Report on sanitation, dispensaries, and jails in Rajputana for 1921, and on vaccination for the year 1921-1922 - 1921-1922
Year: 1921
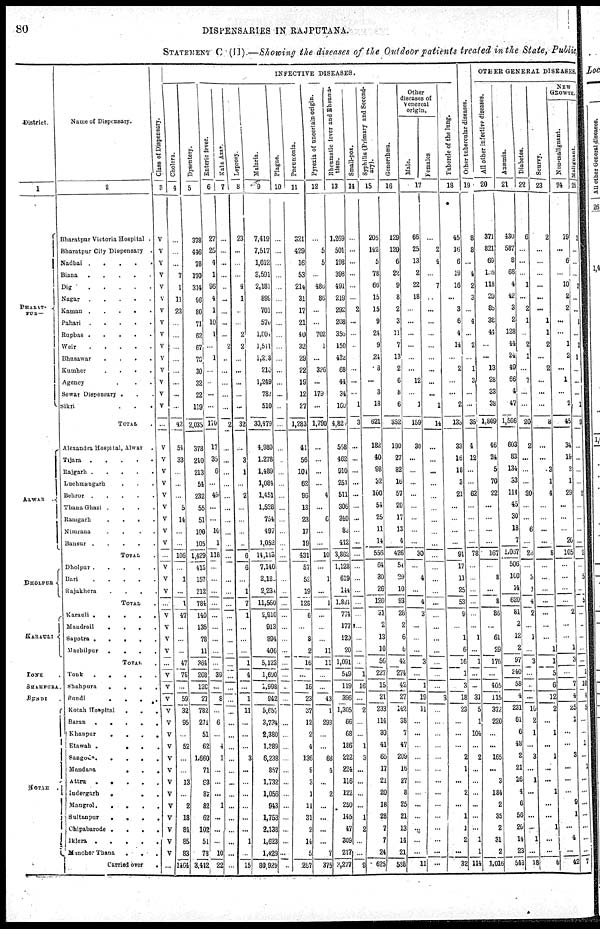
80
DISPENSARIES IN RAJPUTANA.
STATEMENT C (II).—Showing the diseases of the Outdoor patients treated in the State, Public,
District.
1
BHARAT¬
PUR
ALWAR .
DHOLPUR
KARAULI
TONK .
SHAHPURA.
BUNDI
.
Name of Dispensary.
2
Bharatpur Victoria Hospital .
Bharatpur City Dispensary .
Nadbai
.
.
.
.
Biana
.
.
.
.
.
Dig
. . . . .
Nagar .
.
.
.
.
Raman
.
. . . .
Pahari .
.
.
.
.
Rupbas .
.
.
.
.
Weir
.
.
.
.
.
Bhusawar
.
.
.
.
Kumher
.
.
.
.
Agency . . .
Sewar Dispensary . . .
Sikri
.
.
.
TOTAL .
Alexandra Hospital, Alwar .
Tijara .
.
.
.
.
Rajgarh . . . . .
Luchmangarh . . .
Behror .
.
.
.
.
Thana Ghazi .
.
.
.
Ramgarh
.
.
.
.
Nimrana
.
.
.
.
Bansur . .
.
.
.
TOTAL .
Dholpur .
.
.
.
.
Bari
.
.
.
.
.
Rajakhera
. . . .
TOTAL .
Karauli .
.
.
.
.
Mandrail
.
.
.
.
Sapotra .
.
.
.
.
Machilpur .
.
.
.
TOTAL .
Tonk
.
.
.
.
.
Shahpura
.
.
.
.
Bundi
.
.
.
.
Kotah Hospital
.
.
.
Baran .
.
.
.
.
Khanpur
.
.
.
.
Etawah .
.
.
.
Sangod .
.
.
.
.
Mandana
.
.
.
Attru .
.
.
.
.
Indergarh
.
.
.
Mangrol.
.
.
.
.
Sultanpur
.
.
.
.
Chipabarode .
.
.
.
Iklera . . . . .
Manoher Thana
.
.
.
Carried over
.
Class of Dispensary.
3
V
V
V
V
V
V
V
V
V
V
V
V
V
V
V
...
V
V
V
V
V
V
V
V
V
...
V
V
V
...
V
V
V
V
...
V
V
V
V
V
V
V
V
V
V
V
V
V
V
V
V
...
INFECTIVE DISEASES.
Cholera.
4
...
...
...
7
1
11
23
...
...
...
...
...
...
...
...
42
54
33
...
...
...
5
14
...
...
106
...
1
...
1
47
...
...
...
47
75
...
59
32
95
...
52
...
...
13
...
2
18
84
85
83
1464
Dysentery.
5
378
446
78
170
314
96
80
71
62
67
70
30
32
22
119
2,035
378
240
213
54
232
55
51
100
105
1,429
415
157
212
784
140
135
78
11
364
208
120
27
782
271
51
62
1,660
71
83
87
82
62
102
51
78
3,442
Enteric fever.
6
27
25
4
1
96
4
1
10
1
...
1
...
...
...
...
170
17
35
6
...
49
...
...
10
1
118
...
...
...
...
...
...
...
...
...
39
...
8
...
6
...
4
1
...
...
...
1
...
...
...
10
22
Kala Azar.
7
...
...
...
...
...
...
...
...
...
2
...
...
...
...
...
2
...
...
...
...
...
...
...
...
...
...
...
...
...
...
...
...
...
...
...
...
...
...
...
...
...
...
...
...
...
...
...
...
...
...
...
...
Leprosy.
8
23
...
...
...
4
1
...
...
2
2
...
...
...
...
...
32
...
3
1
...
2
...
...
...
...
6
6
...
1
7
1
...
...
...
1
4
...
1
11
...
...
...
3
...
...
...
...
...
...
1
...
15
Malaria.
9
7,419
7,517
1,012
3,591
2,181
899
701
570
1,004
1,511
1,218
210
1,249
787
510
30,479
4,980
1,278
1,489
1,084
1,451
1,528
754
497
1,052
14,113
7,140
2,180
2,231
11,560
2,910
913
894
406
5,123
1,690
1,998
942
5,657
3,734
2,380
1,389
6,238
857
1,732
1,056
943
1,753
2,138
1,623
1,429
80,929
Plague.
10
...
...
...
...
...
...
...
...
...
...
...
...
...
...
...
...
...
...
...
...
...
...
...
...
...
...
...
...
...
...
...
...
...
...
...
...
...
...
...
...
...
...
...
...
...
...
...
...
...
...
...
...
Pneumonia.
11
321
429
16
53
214
31
17
21
40
32
29
22
19
12
27
1,283
41
56
104
62
96
13
23
17
19
431
57
52
19
128
6
...
8
2
16
...
16
23
37
12
2
4
136
9
3
1
11
31
2
14
5
267
Pyrexia of uncertain origin.
12
...
5
5
...
486
86
...
...
702
1
...
326
...
179
...
1,790
...
...
...
...
4
...
6
...
...
10
...
1
...
1
...
...
...
11
11
...
...
43
1
293
...
...
68
4
...
2
...
...
...
...
7
375
Rheumatic fever and Rheuma¬
tism.
13
1,269
501
198
398
491
219
292
208
3506
150
432
68
44
34
160
4,820
558
462
910
251
511
306
340
82
442
3,862
1,128
619
144
1,891
774
177
129
20
1,091
549
119
396
1,305
66
68
186
222
224
116
122
250
145
47
309
217
3,277
Small-pox.
14
...
...
...
...
...
...
2
...
...
...
...
...
...
...
1
3
...
...
...
...
...
...
...
...
...
...
...
...
...
...
...
...
...
...
...
1
16
...
2
...
...
1
3
...
...
...
...
1
2
...
...
9
Syphilis (Primary and Second-
ary).
15
205
142
5
78
66
15
15
9
24
9
24
8
...
3
18
621
182
40
98
32
100
54
25
11
14
556
64
30
26
120
31
2
13
10
56
227
15
21
233
114
30
41
65
17
21
20
18
28
7
7
24
625
Gonorrhœa.
16
129
120
6
22
9
8
2
3
11
7
13
2
6
8
6
352
190
27
82
16
57
20
17
13
4
426
54
29
10
93
28
2
6
5
42
274
42
27
142
38
7
47
209
16
27
8
25
21
13
14
21
588
Other
diseases of
Venereal
origin.
Male.
Females
17
66
25
13
2
22
18
...
...
...
...
...
...
12
...
1
159
30
...
...
...
...
...
...
...
...
30
...
4
...
4
3
...
...
...
3
...
1
19
11
...
...
...
...
...
...
...
...
...
...
...
...
11
...
2
4
...
7
...
...
...
...
...
...
...
...
...
1
14
...
...
...
...
...
...
...
...
...
...
...
...
...
...
...
...
...
...
...
...
...
3
...
...
...
...
...
...
...
...
...
...
...
...
...
...
Tubercle of the lung.
18
45
16
6
19
16
...
3
6
4
14
...
2
...
...
2
133
33
16
18
3
21
...
...
...
...
91
17
11
25
53
9
...
1
6
16
1
3
18
23
...
...
...
2
1
...
2
...
1
1
2
...
32
Other tubercular diseases.
19
8
8
...
4
2
3
...
4
...
2
...
1
3
...
...
35
4
12
...
...
62
...
...
...
...
78
...
...
...
...
...
...
1
...
1
...
...
31
5
1
104
...
2
...
...
...
...
...
...
1
1
114
OTHER GENERAL DISEASES.
All
other infective
diseases.
20
371
821
69
116
118
20
85
38
44
...
...
13
28
33
38
1,809
46
24
5
70
22
...
...
...
...
167
...
8
...
8
86
...
61
29
176
...
405
115
372
220
...
...
165
...
3
184
2
35
2
31
2
1,016
Anæmia.
21
430
587
8
68
4
42
3
2
128
44
24
49
66
4
47
1,506
603
83
134
53
114
45
30
18
7
1,067
506
100
14
620
81
2
12
2
97
240
58
4
231
61
6
48
2
21
26
4
6
56
26
14
23
548
Diabetes.
22
6
...
...
...
1
...
2
1
...
2
1
...
7
...
...
20
2
...
...
...
20
...
...
6
...
20
...
3
1
4
2
...
1
...
3
...
...
...
10
2
1
...
3
...
1
...
...
...
...
1
...
18
Scurvy.
23
2
...
...
...
...
...
...
1
1
2
...
2
...
...
...
3
...
...
3
1
4
...
...
...
...
8
...
...
...
...
...
...
...
1
1
5
6
12
2
...
1
...
1
...
...
1
...
...
1
...
...
6
NEW
GROWTH.
Non-malignant.
24
19
...
6
...
10
2
2
...
...
1
2
...
1
...
2
45
34
19
2
1
29
...
...
...
20
105
...
...
...
...
2
...
...
1
3
...
7
4
25
1
...
...
3
...
...
...
9
1
...
4
...
42
Malignant.
25
2
...
...
...
2
...
...
1
...
2
1
...
...
...
1
9
...
...
...
...
2
...
...
...
...
2
...
5
...
5
...
..
...
...
...
1
10
4
5
...
...
1
...
1
...
...
...
...
...
...
...
7